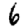
Digit: 6